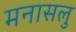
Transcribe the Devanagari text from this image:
मनासलु